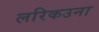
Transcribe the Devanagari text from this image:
लरिकउना